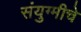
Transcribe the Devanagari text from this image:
संयुग्मीचे